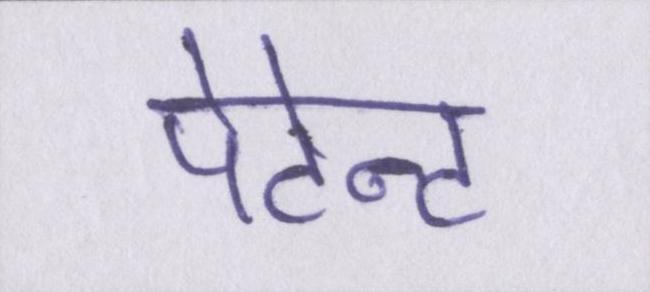
पेटेन्ट